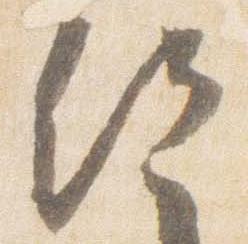
給